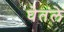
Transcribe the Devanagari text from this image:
घेतंले